Annual administration report of the Civil Veterinary Department of India - 1896-1897
Year: 1896
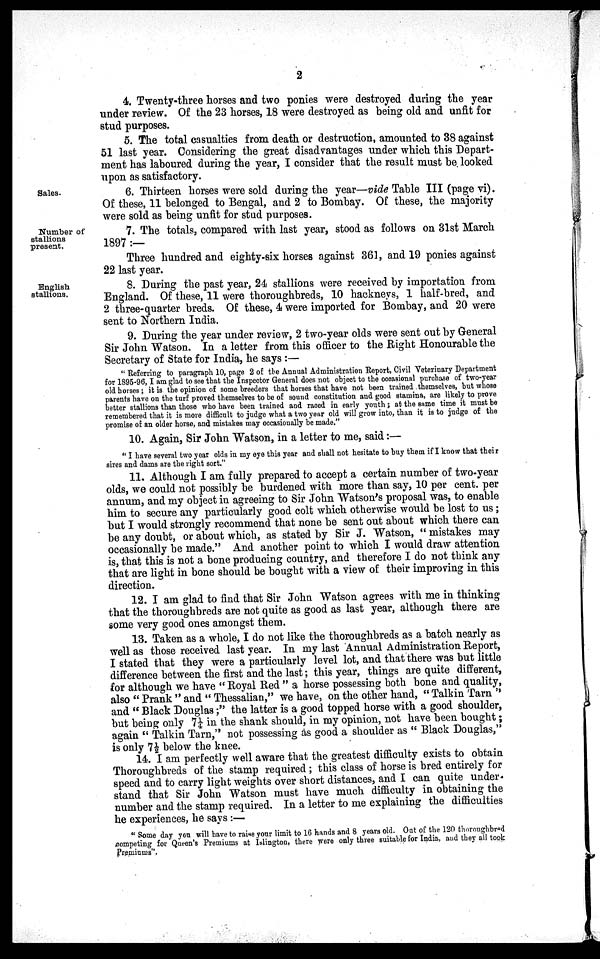
2
4. Twenty-three horses and two ponies were destroyed during the year
under review. Of the 23 horses, 18 were destroyed as being old and unfit for
stud purposes.
5. The total casualties from death or destruction, amounted to 38 against
51 last year. Considering the great disadvantages under which this Depart-
ment has laboured during the year, I consider that the result must be looked
upon as satisfactory.
Sales.
6. Thirteen horses were sold during the year—vide Table III (page vi).
Of these, 11 belonged to Bengal, and 2 to Bombay. Of these, the majority
were sold as being unfit for stud purposes.
Number of
stallions
present.
7. The totals, compared with last year, stood as follows on 31st March
1897:—
Three hundred and eighty-six horses against 361, and 19 ponies against
22 last year.
English
stallions.
8. During the past year, 24 stallions were received by importation from
England. Of these, 11 were thoroughbreds, 10 hackneys, 1 half-bred, and
2 three-quarter breds. Of these, 4 were imported for Bombay, and 20 were
sent to Northern India.
9. During the year under review, 2 two-year olds were sent out by General
Sir John Watson. In a letter from this officer to the Right Honourable the
Secretary of State for India, he says:—
"Referring to paragraph 10, page 2 of the Annual Administration Report, Civil Veterinary Department
for 1895-96, I am glad to see that the Inspector General does not object to the occasional purchase of two-year
old horses; it is the opinion of some breeders that horses that have not been trained themselves, but whose
parents have on the turf proved themselves to be of sound constitution and good stamina, are likely to prove
better stallions than those who have been trained and raced in early youth; at the same time it must be
remembered that it is more difficult to judge what a two year old will grow into, than it is to judge of the
promise of an older horse, and mistakes may occasioually be made."
10. Again, Sir John Watson, in a letter to me, said:—
"I have several two year olds in my eye this year and shall not hesitate to buy them if I know that their
sires and dams are the right sort."
11. Although I am fully prepared to accept a certain number of two-year
olds, we could not possibly be burdened with more than say, 10 per cent. per
annum, and my object in agreeing to Sir John Watson's proposal was, to enable
him to secure any particularly good colt which otherwise would be lost to us;
but I would strongly recommend that none be sent out about which there can
be any doubt, or about which, as stated by Sir J. Watson, "mistakes may
occasionally be made." And another point to which I would draw attention
is, that this is not a bone producing country, and therefore I do not think any
that are light in bone should be bought with a view of their improving in this
direction.
12. I am glad to find that Sir John Watson agrees with me in thinking
that the thoroughbreds are not quite as good as last year, although there are
some very good ones amongst them.
13. Taken as a whole, I do not like the thoroughbreds as a batch nearly as
well as those received last year. In my last Annual Administration Report,
I stated that they were a particularly level lot, and that there was but little
difference between the first and the last; this year, things are quite different,
for although we have "Royal Red" a horse possessing both bone and quality,
also "Prank" and "Thessalian," we have, on the other hand, "Talkin Tarn"
and "Black Douglas;" the latter is a good topped horse with a good shoulder,
but being only 7¼ in the shank should, in my opinion, not have been bought;
again "Talkin Tarn," not possessing as good a shoulder as "Black Douglas,"
is only 7½ below the knee.
14. I am perfectly well aware that the greatest difficulty exists to obtain
Thoroughbreds of the stamp required; this class of horse is bred entirely for
speed and to carry light weights over short distances, and I can quite under-
stand that Sir John Watson must have much difficulty in obtaining the
number and the stamp required. In a letter to me explaining the difficulties
he experiences, he says:—
"Some day you will have to raise your limit to 16 hands and 8 years old. Out of the 120 thorough bred
competing for Queen's Premiums at Islington, there were only three suitable for India, and they all took
Premiums".